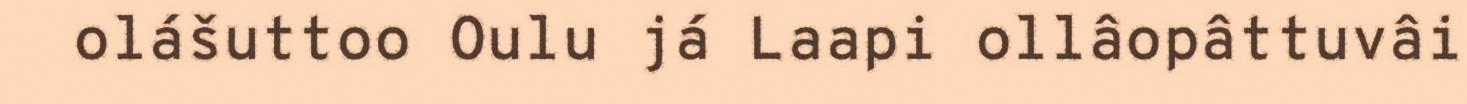
olášuttoo Oulu já Laapi ollâopâttuvâi